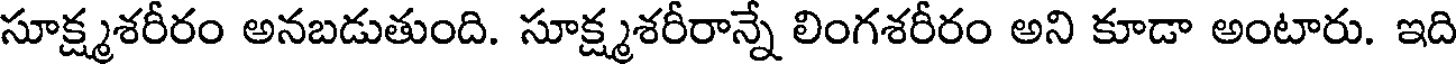
సూక్ష్మశరీరం అనబడుతుంది. సూక్ష్మశరీరాన్నే లింగశరీరం అని కూడా అంటారు. ఇది